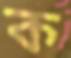
ক